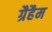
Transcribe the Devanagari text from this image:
ग्रैहैम